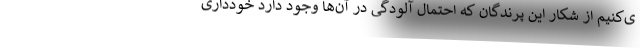
ی‌کنیم از شکار این پرندگان که احتمال آلودگی در آن‌ها وجود دارد خودداری